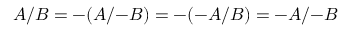
A / B = - ( A / { - B } ) = - ( - A / B ) = - A / { - B }